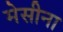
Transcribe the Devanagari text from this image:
मेसीना